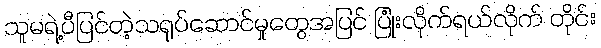
သူမရဲ့ပီပြင်တဲ့သရုပ်ဆောင်မှုတွေအပြင် ပြုံးလိုက်ရယ်လိုက် တိုင်း